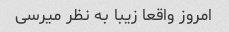
امروز واقعا زیبا به نظر میرسی